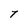
Character: T